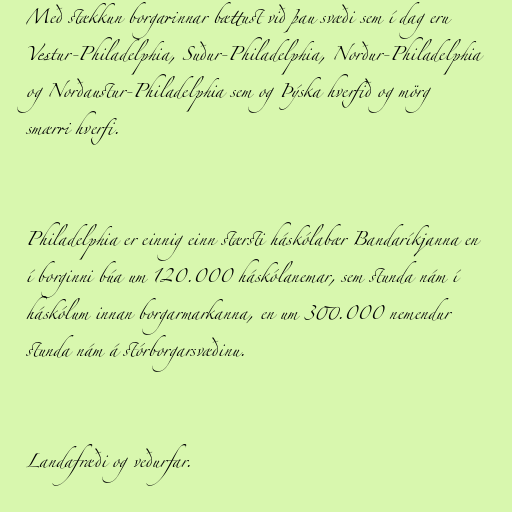
Með stækkun borgarinnar bættust við þau svæði sem í dag eru
Vestur-Philadelphia, Suður-Philadelphia, Norður-Philadelphia
og Norðaustur-Philadelphia sem og Þýska hverfið og mörg
smærri hverfi.

Philadelphia er einnig einn stærsti háskólabær Bandaríkjanna en
í borginni búa um 120.000 háskólanemar, sem stunda nám í
háskólum innan borgarmarkanna, en um 300.000 nemendur
stunda nám á stórborgarsvæðinu.

Landafræði og veðurfar.